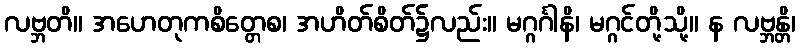
လဗ္ဘတိ။ အဟေတုကစိတ္တေစ၊ အဟိတ်စိတ်၌လည်း။ မဂ္ဂင်္ဂါနိ၊ မဂ္ဂင်တို့သို့။ န လဗ္ဘန္တိ၊